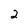
Character: 2